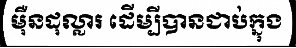
ម៉ឺនដុល្លារ ដើម្បីបានជាប់ក្នុង